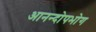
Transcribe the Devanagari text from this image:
आनन्दोपभोग